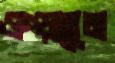
ওপ্‌ড়াতুম